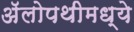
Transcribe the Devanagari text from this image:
अॅलोपथीमध्ये